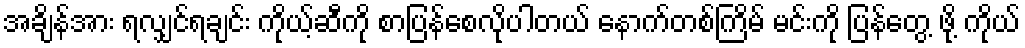
အချိန်အား ရလျှင်ရချင်း ကိုယ့်ဆီကို စာပြန်စေလိုပါတယ် နောက်တစ်ကြိမ် မင်းကို ပြန်တွေ့ ဖို့ ကိုယ်